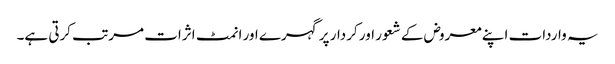
یہ واردات اپنے معروض کے شعور اور کردار پر گہرے اور انمٹ اثرات مرتب کرتی ہے۔